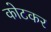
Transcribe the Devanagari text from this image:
कोटकर